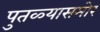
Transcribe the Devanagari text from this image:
पुतळ्यासमोर